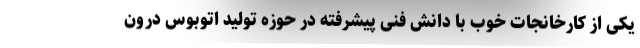
یکی از کارخانجات خوب با دانش فنی پیشرفته در حوزه تولید اتوبوس درون